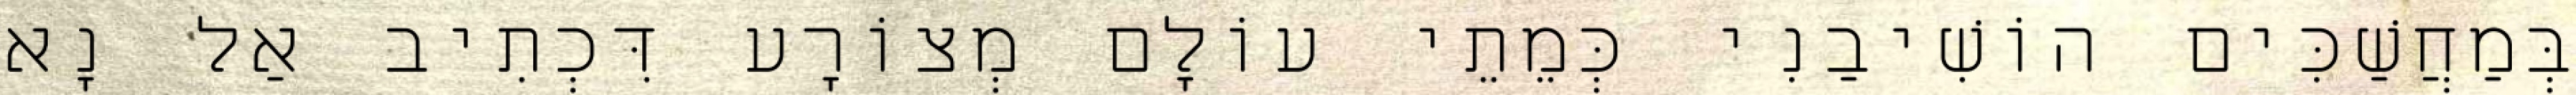
בְּמַחֲשַׁכִּים הוֹשִׁיבַנִי כְּמֵתֵי עוֹלָם מְצוֹרָע דִּכְתִיב אַל נָא